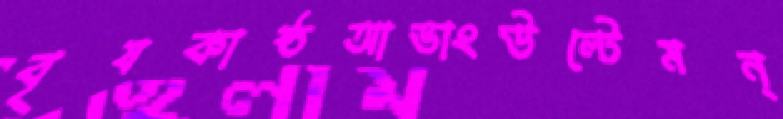
বৃষকাষ্ঠআভাংউল্টেমন্